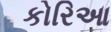
કોરિઆ